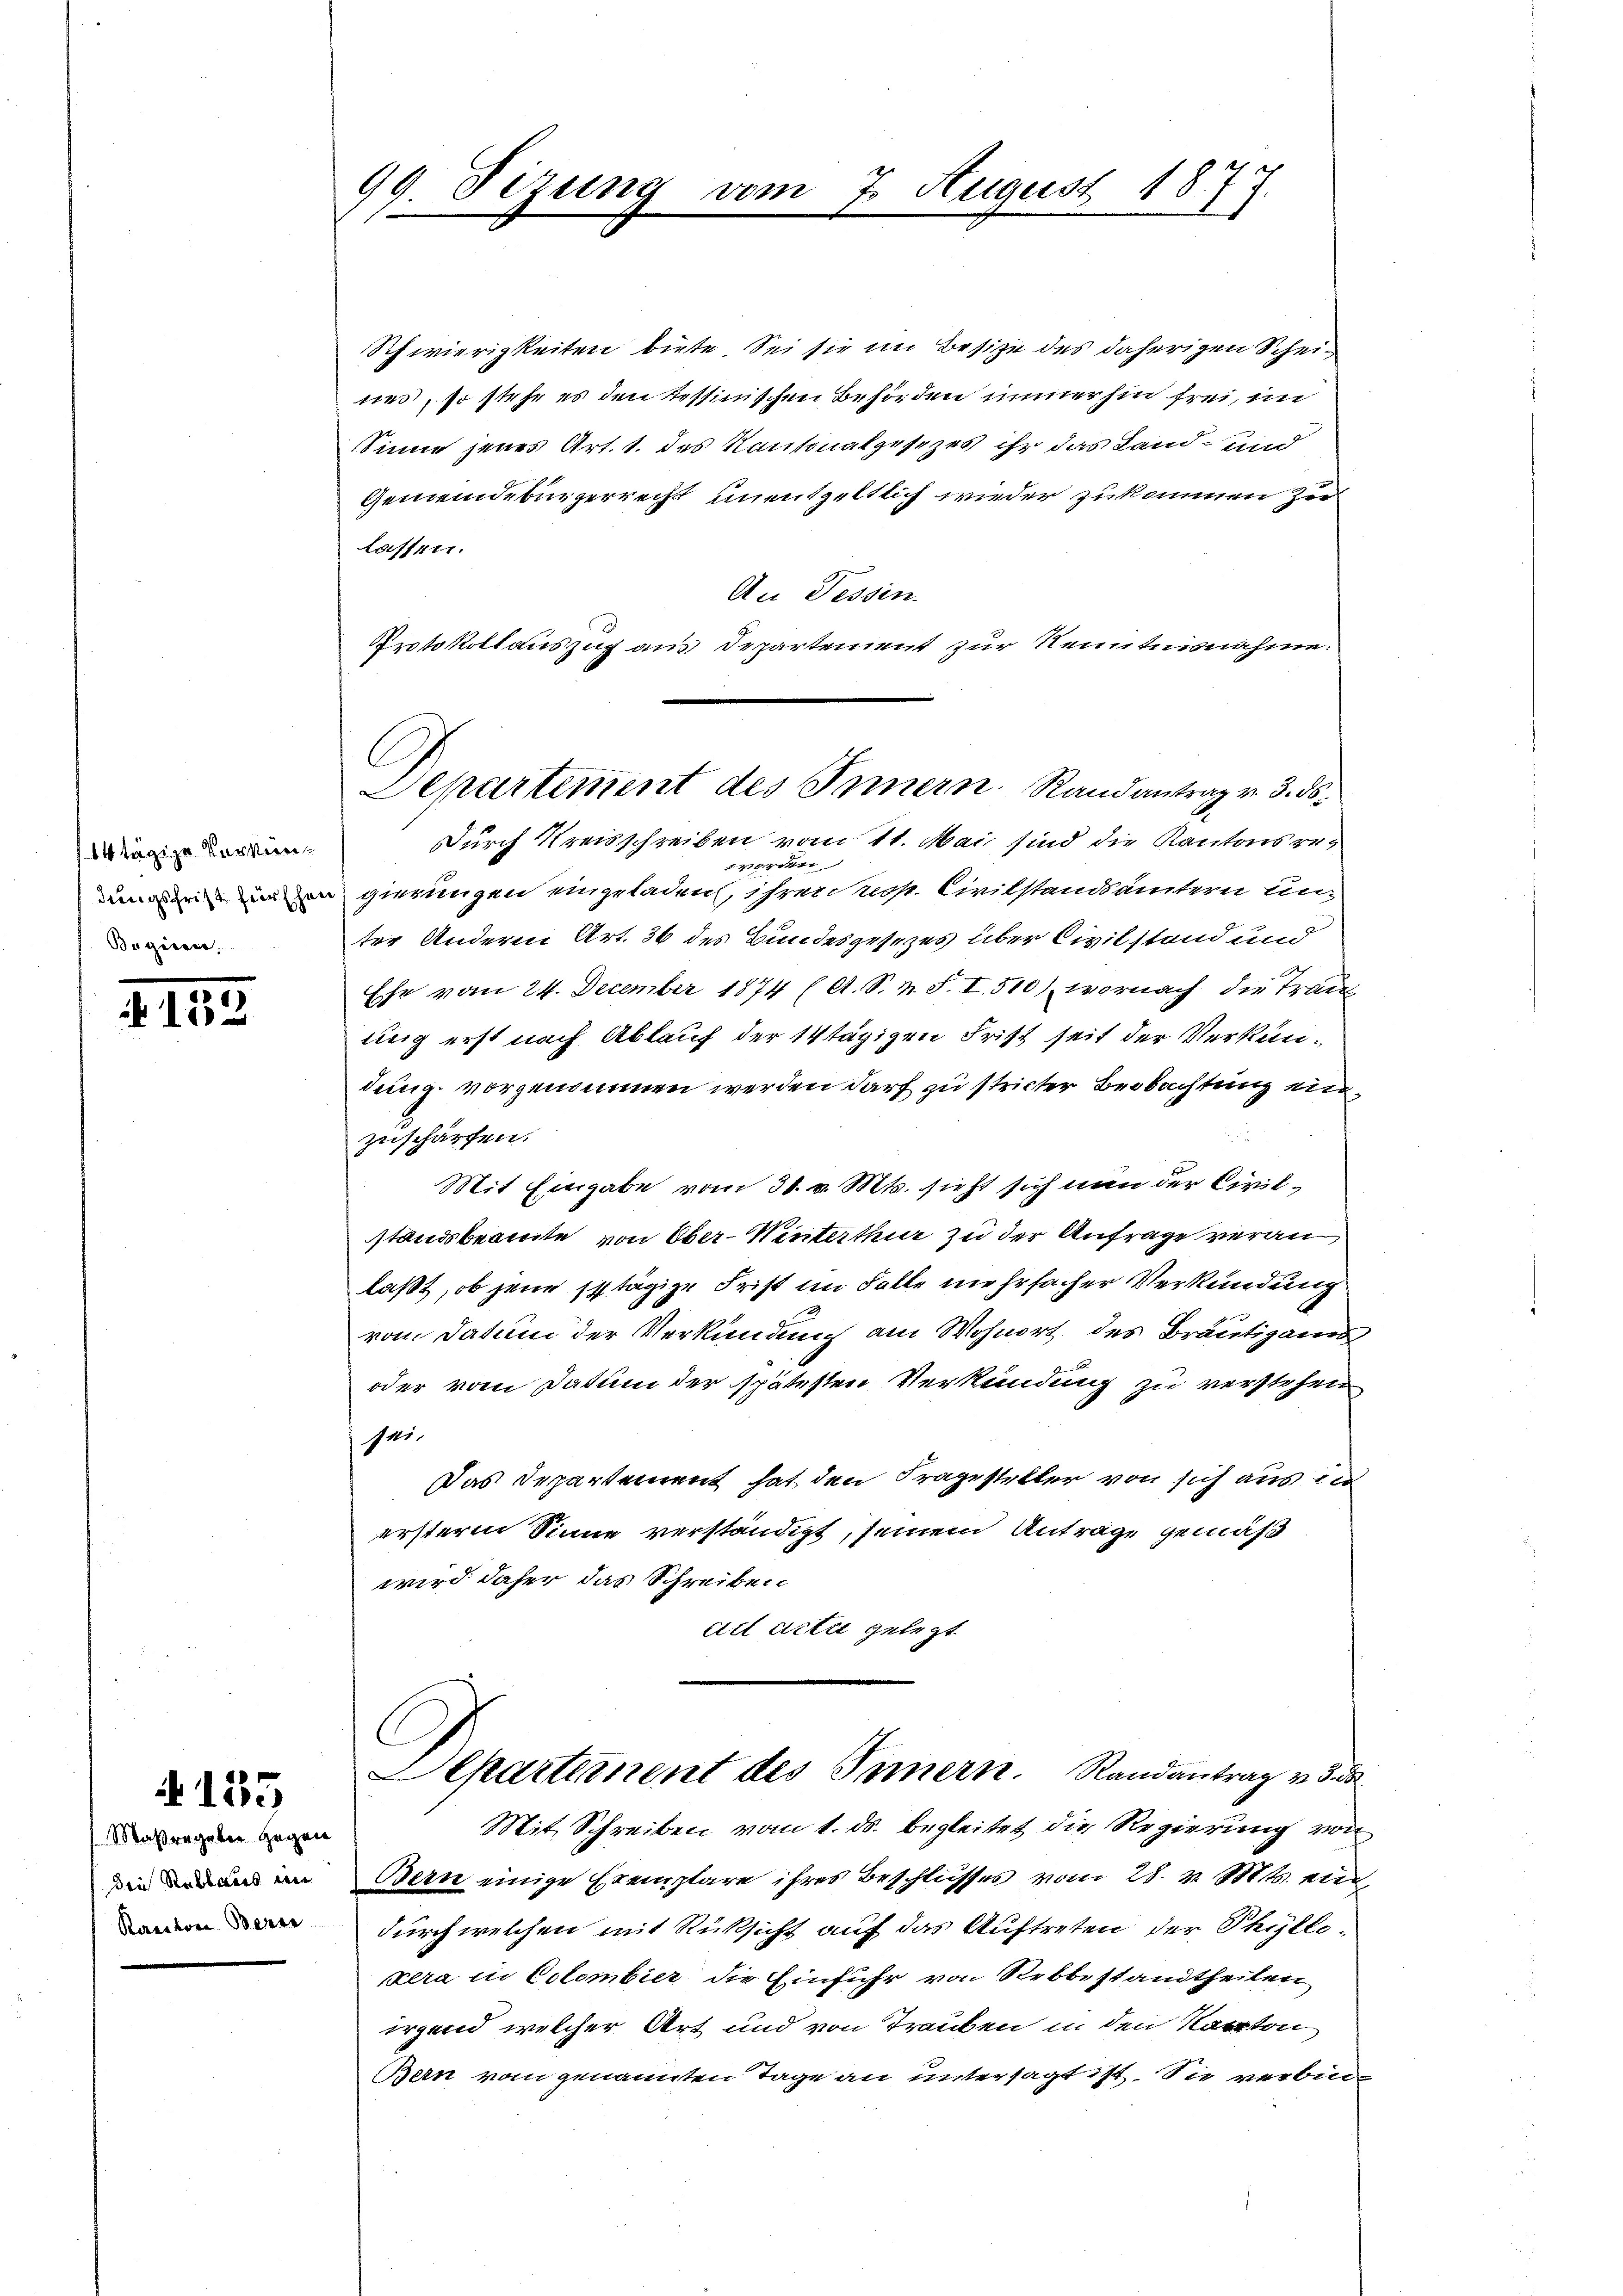
14 tägige Verken¬
Begiere.

III

4155

Maßregeber Hagen
Die Stubbaues den
Ranton Berei

99. Sizung
s

Schwierigkeiten biete. Sei sie im Besize des daherigen Scheines, so stehe es den testinischen Behörden immerhin frei, im
Sinne jenes Art. 1. des Kantonalgesezes ihr das Land- und
Gemeindebürgerrecht unentgeltlich wieder zukommen zu
lassen.
An Fessen.
Durch Kreisschreiben vom 11. Mai sind die Kantonsreworden
ungen in gierungen eingeladen ihren nos. Civilstandämtern un-
ter Andern Art. 36 des Bundesgesezes über Civilstand und
Ehe vom 24. December 1874 (A. S. m. S. I. 510), wornach die Trau
ung erst nach Ablauf der 14 tägigen Frist seit der Verkündung vorgenommen werden darf zu stricter Beobachtung einzuschärfen.
Mit Eingabe vom 31. v. Mts. sieht sich nun der Civilstandsbeamte von Ober-Winterthur zu der Anfrage veranlaßt, ob jene sptägige Frist im Falle mehrfacher Verkündung
vom Datum der Verkündung am Wohnort des Bräutigams
oder vom Datum der spätesten Verkündung zu verstehen
sei-
Das Departement hat den Fragesteller von sich aus und
ersterm Sinne verständigt, seinem Anträge gemäß
wird daher das Schreiben
citl acter gelegt
C
Separternent des Innern. Randantrag v. 3. d
Mit Schreiben vom 1. ds. begleitet die Regierung von
Bern einige Exemplare ihres Beschlusses vom 28. v. Mts. ein
durch welchen mit Rüksicht auf das Auftreten der Phillikera in Estombier die Einführ von Rebbestandtheilen
irgend welcher Art und von Trauben in den Kanton
Bern vom genannten Tage an untersagt ist. Sie verbin-

08

Protokollauszug aus Departement zur Kenntnisnahme.
C
Departement des Innern Randantrag v. 3. ds.

7. August 18
e